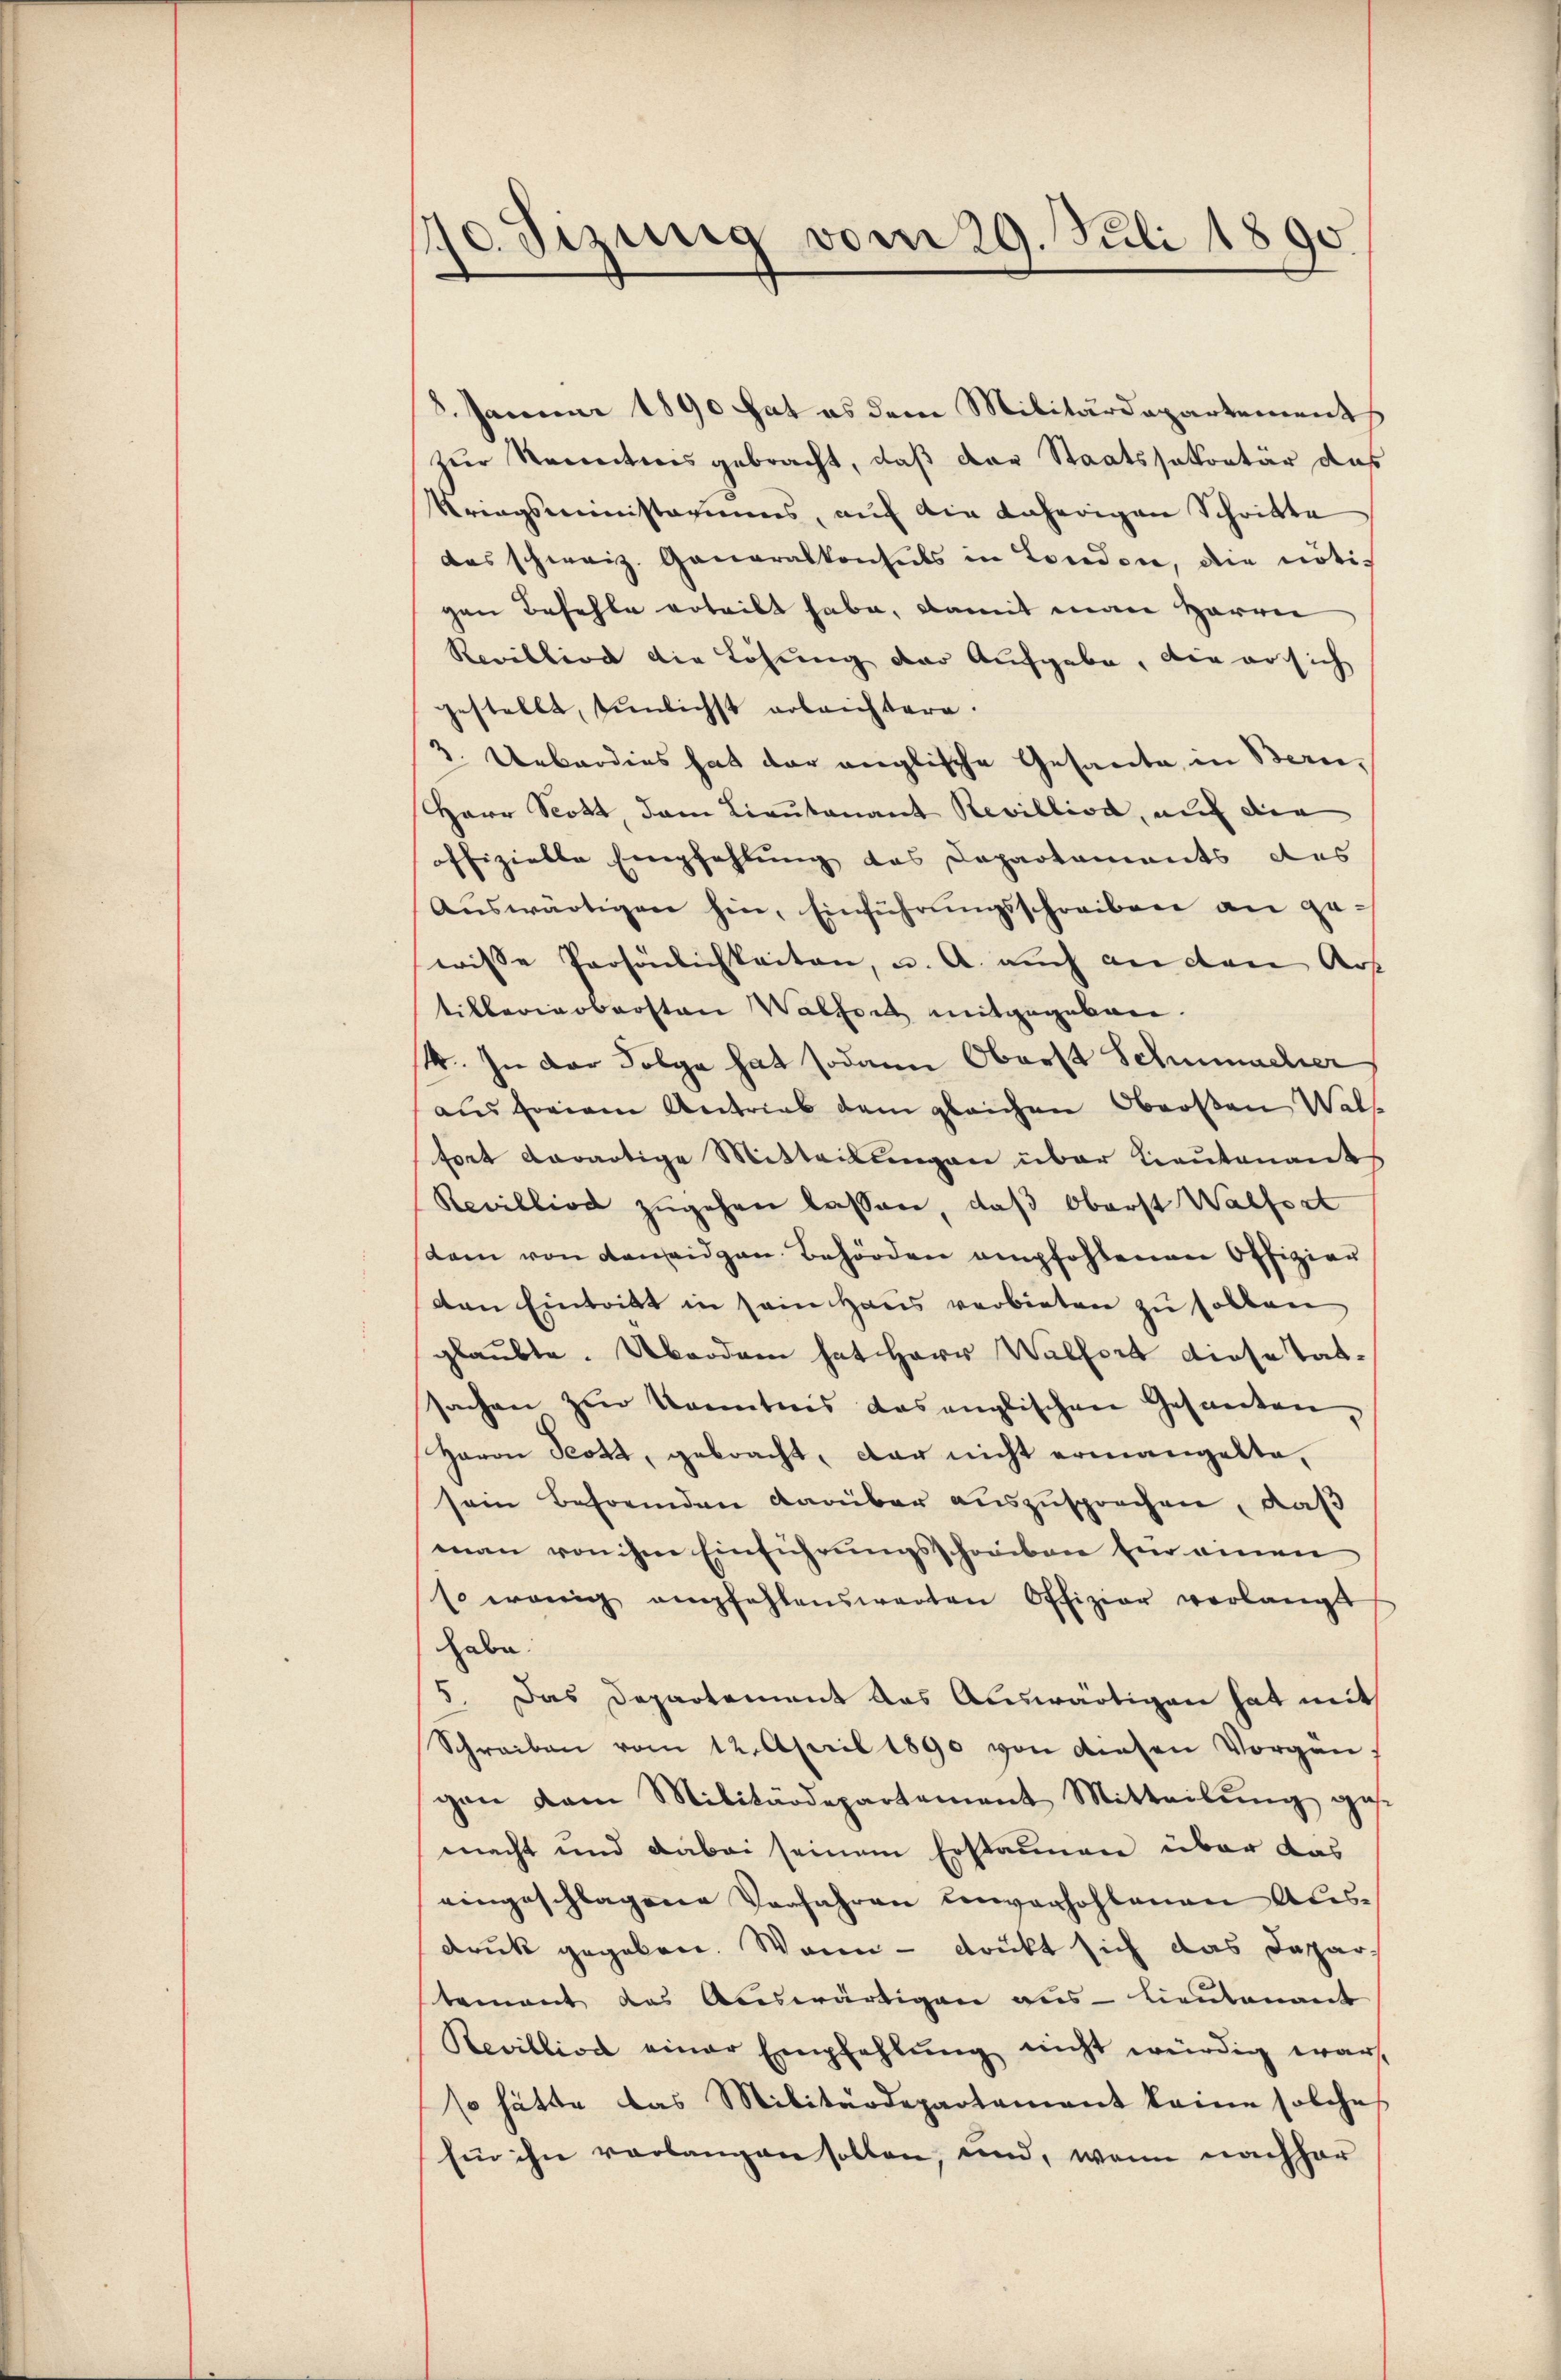
1170. Sizung vom 29. Juli 1890

3. Januar 1890 hat es dem Militärdepartement
zur Sentionsgebracht, daß der Staatssekretär das
Kriegsministagiums, auf ein daherigen Schritte
das schweiz. Generalkonsuls in London, die nötigen Befehle erteilt habe, damit man Herren
Recillion die Lösung der Aufgabe, die er sich
gestellt, tunlichst erleichtere.
2. Ueberdies hat der anglische Gesante, in Beru¬
Herr Scott, dann Lieutenant Revilliod, auf die
offizielle Empfehlung des Departements des
aŭswärtigen hin, Einführŭngsschreiben an ge-
wisse Persönlichkeiten, u. A. auch an den Art
tilberinobersten Walfort mitgegeben.
4. In der Folge hat sodann Oberst Schumacher
aus freien Antrieb dem gleichen Obersten Walse
sort darartige Mitteilŭngen über Lieutenant
Rewilliod zŭgehen lassen, daβ Oberst Walfort
dem von Konseigen Behörden empfohlenen Offizier
den Eintritt in sein Haus verbieten zu sollen
glaubte. Überdam hat Herr Walfort diese Tatsachen zŭr Kenntnis das englischen Gesanten
Haron Scott, gebracht, dar nicht ermangelte,
sein Befrenden darüber auszusprochen, daß
man von ihme Einführungsschreiben für einen
Es wenig empfehlenswarten Offizier verlangt
habe.
5. Das Departement das Auswärtigen hat mit
Schreiben vom 12. April 1890 von diesen Vorgangen dem Militärdepartement Mitteilŭng gese
macht und dabei seinem Erstaunen über das
eingeschlagene Verfahren unverhohlenen Aus-
druck gegeben. Wann - druckt sich das Departement das Auswärtigen aus - Lieutenant
Revilliod einer Empfehlŭng nicht würdig war,
so hätte das Militärdepartement keine solches
fin ihn verlangen sollen, und, wenn nachher